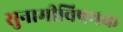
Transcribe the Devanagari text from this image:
सुनामीविषयक